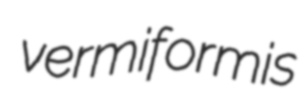
vermiformis